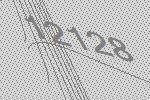
12128